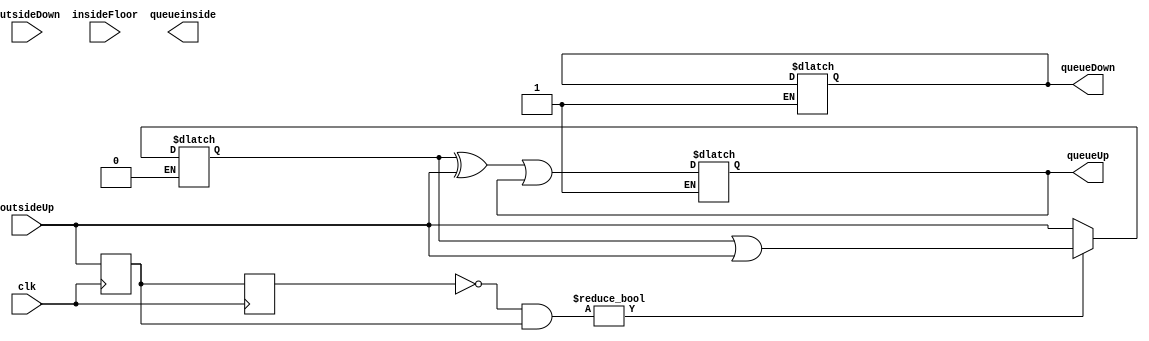
/****/

module elevator_input(clk,outsideUp,outsideDown,insideFloor,queueUp,queueDown,queueinside);	//,clk=200MHz

parameter floor = 6;

/********/
input clk;															//
input	 [floor-1 :0] outsideUp;								//
input  [floor-1 :0] outsideDown;								//
input  [floor-1 :0] insideFloor;								//
output [floor-1 :0] queueUp,queueDown,queueinside;		//



/********/

/*************************************************
*	clk3
*	status
**************************************************/

reg [floor-1 :0] outsideUp_queue   [3 :0]; //clk [0] [1] [2] [3]
reg [floor-1 :0] outsideDown_queue [3 :0];
reg [floor-1 :0] insideFloor_queue [3 :0];


wire [floor-1 :0]outsideUp_status;		//
wire [floor-1 :0]outsideDown_status;
wire [floor-1 :0]insideFloor_status;

reg [31:0] times_outsideUp;
reg flag_outsideUp;    	 //

reg [31:0] times_outsideDown;
reg flag_outsideDown;    //

reg [31:0] times_insideFloor;
reg flag_insideFloor;    //

initial
begin
	times_outsideUp <= 32'd0; //200000 - 0.05s
	times_outsideDown <= 32'd0;
	times_insideFloor <= 32'd0;
	
	flag_outsideUp <= 1'b0;
	flag_outsideDown <= 1'b0;
	flag_insideFloor <= 1'b0;
end


assign outsideUp_status = ~outsideUp_queue[1] & outsideUp_queue[0];			//0()->1()//1()->0()
assign outsideDown_status = ~outsideDown_queue[1] & outsideDown_queue[0];	//0()->1()//1()->0()
assign insideFloor_status = ~insideFloor_queue[1] & insideFloor_queue[0];	//0()->1()//1()->0()


/********/

/************************
*	      
*	  [1] -------> [0]
************************/

always @(posedge clk) begin	
	outsideUp_queue[1] = outsideUp_queue[0];
	outsideUp_queue[0] = outsideUp; 
	
	outsideDown_queue[1] = outsideDown_queue[0];
	outsideDown_queue[0] = outsideDown;
	
	insideFloor_queue[1] = insideFloor_queue[0];
	insideFloor_queue[0] = insideFloor;
end


/********/
always @(clk) begin

/*UP*/
	if(outsideUp_status) begin				//
		times_outsideUp <= 32'd200;
		flag_outsideUp <= 1'b1;
	end
	else if(times_outsideUp > 32'd0 && flag_outsideUp == 1'b1)	begin		//
		times_outsideUp <= times_outsideUp - 1'b1;
		
	end
	else if(times_outsideUp == 32'd0 && flag_outsideUp == 1'b1) begin	//
		times_outsideUp = 32'd0;
		
		//$display("times");
	end
	else begin 
		times_outsideUp <= 32'd0;						//times_outsideUp
	end
	
/*Down*/
	if(outsideDown_status) begin				//
		times_outsideDown <= 32'd200;
		flag_outsideDown <= 1'b1;
	end
	else if(times_outsideDown > 0 && flag_outsideDown == 1'b1)	begin		//
		times_outsideDown <= times_outsideDown - 1'b1;
	end
	else if(times_outsideDown == 0 && flag_outsideDown == 1'b1) begin	//
		times_outsideDown <= 32'd0;
		
	end
	else begin
		times_outsideDown <= 32'd0;						//times_outsideDown
	end
	
/*inside*/
	if(insideFloor_status) begin				//
		times_insideFloor <= 32'd200;
		flag_insideFloor <= 1'b1;
	end
	else if(times_insideFloor > 0 && flag_insideFloor == 1'b1)	begin		//
		times_insideFloor <= times_insideFloor - 1'b1;
	end
	else if(times_insideFloor == 0 && flag_insideFloor == 1'b1) begin	//
		times_insideFloor <= 32'd0;
		
	end
	else begin
		times_insideFloor <= 32'd0;	
	end
	
end



/********/
always @(clk) begin

/*UP*/
	if(outsideUp_status) begin									   //
		outsideUp_queue[2] <=  outsideUp_queue[2] | outsideUp;
	end
	else if(times_outsideUp > 0 && flag_outsideUp == 1'b1) begin		//,
		outsideUp_queue[2] <=  outsideUp_queue[2];
		//$display("%d",times_outsideUp);
	end
	else if(times_outsideUp == 0 && flag_outsideUp == 1'b1) begin	//0->1 
		flag_outsideUp = 1'b0;
		outsideUp_queue[3]<= outsideUp_queue[2] ^ outsideUp | outsideUp_queue[3];
	end
	else outsideUp_queue[2] <=  outsideUp;						//
	
	
/*Down*/
	if(outsideDown_status) begin									   //
		outsideDown_queue[2] <=  outsideDown_queue[2] | outsideUp;
	end
	else if(times_outsideUp > 0 && flag_outsideDown == 1'b1) begin		//,
		outsideDown_queue[2] <=  outsideDown_queue[2];
	end
	else if(times_outsideUp == 0 && flag_outsideDown == 1'b1) begin	//0->1 
		flag_outsideDown <= 1'b0;
		outsideDown_queue[3] <= outsideDown_queue[2] ^ outsideUp | outsideDown_queue[3];
	end
	else outsideDown_queue[2] <=  outsideUp;						//
	
	
/*inside*/
	if(insideFloor_status) begin									   //
		insideFloor_queue[2] <=  insideFloor_queue[2] | outsideUp;
	end
	else if(times_outsideUp > 0 && flag_insideFloor == 1'b1) begin		//,
		insideFloor_queue[2] <=  insideFloor_queue[2];
	end
	else if(times_outsideUp == 0 && flag_insideFloor == 1'b1) begin	//0->1 
		flag_insideFloor <= 1'b0;
		outsideDown_queue[3] <= insideFloor_queue[2] ^ outsideUp | outsideDown_queue[3];
	end
	else insideFloor_queue[2] <=  outsideUp;						//
	
end

assign queueUp = outsideUp_queue[3];
assign queueDown = outsideDown_queue[3];
assign queueinside = insideFloor_queue[3];

endmodule